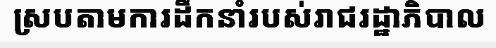
ស្របតាមការដឹកនាំរបស់រាជរដ្ឋាភិបាល